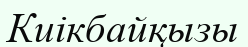
Киікбайқызы